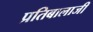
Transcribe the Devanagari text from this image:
प्रतिबालाजी